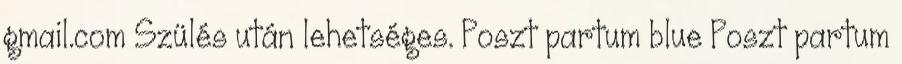
gmail.com Szülés után lehetséges. Poszt partum blue Poszt partum